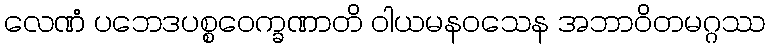
လေဏံ ပဘေဒပစ္စဝေက္ခဏာတိ ဝါယမနဝသေန အဘာဝိတမဂ္ဂဿ